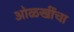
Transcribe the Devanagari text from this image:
ओळखींचा